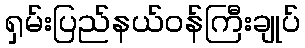
ရှမ်းပြည်နယ်ဝန်ကြီးချုပ်